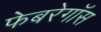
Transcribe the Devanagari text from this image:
फेबरेगॉस